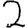
Digit: 2